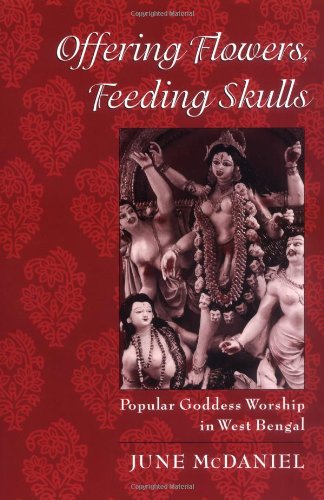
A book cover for Offering Flowers, Feeding Skulls: Popular Goddess Worship in West Bengal; June McDaniel; Religion & Spirituality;